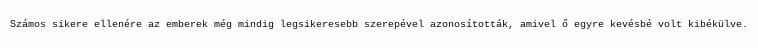
Számos sikere ellenére az emberek még mindig legsikeresebb szerepével azonosították, amivel ő egyre kevésbé volt kibékülve.